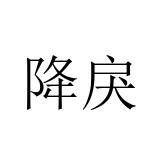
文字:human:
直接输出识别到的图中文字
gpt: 降戾